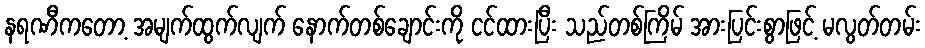
နရဏီကတော့ အမျက်ထွက်လျက် နောက်တစ်ချောင်းကို ငင်ထားပြီး သည်တစ်ကြိမ် အားပြင်းစွာဖြင့် မလွတ်တမ်း